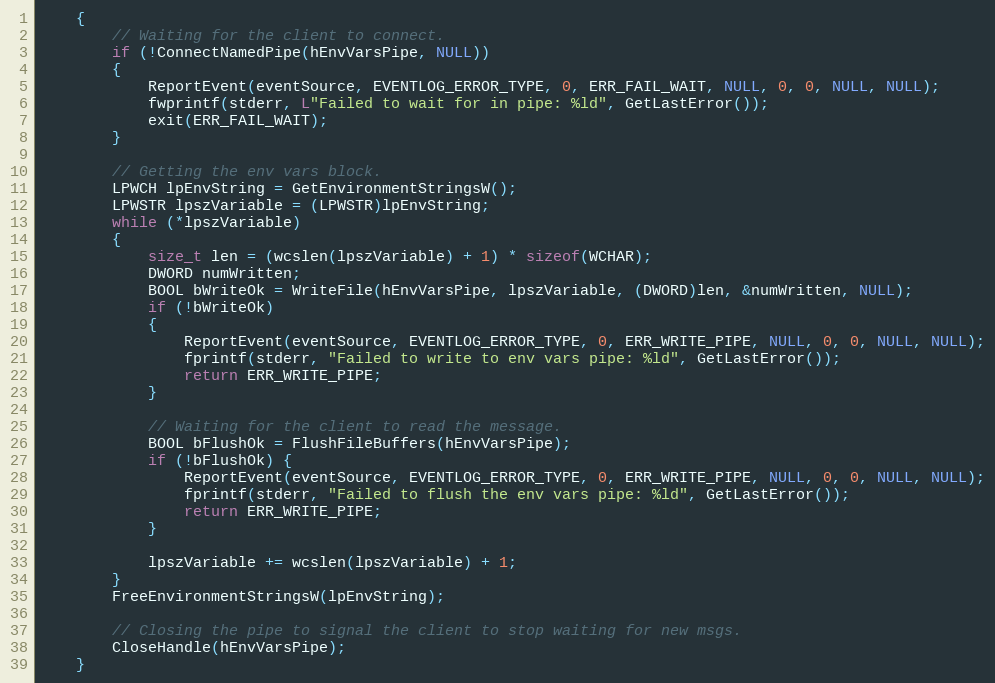
Language: C
	{
		// Waiting for the client to connect.
		if (!ConnectNamedPipe(hEnvVarsPipe, NULL))
		{
			ReportEvent(eventSource, EVENTLOG_ERROR_TYPE, 0, ERR_FAIL_WAIT, NULL, 0, 0, NULL, NULL);
			fwprintf(stderr, L"Failed to wait for in pipe: %ld", GetLastError());
			exit(ERR_FAIL_WAIT);
		}

		// Getting the env vars block.
		LPWCH lpEnvString = GetEnvironmentStringsW();
		LPWSTR lpszVariable = (LPWSTR)lpEnvString;
		while (*lpszVariable)
		{
			size_t len = (wcslen(lpszVariable) + 1) * sizeof(WCHAR);
			DWORD numWritten;
			BOOL bWriteOk = WriteFile(hEnvVarsPipe, lpszVariable, (DWORD)len, &numWritten, NULL);
			if (!bWriteOk)
			{
				ReportEvent(eventSource, EVENTLOG_ERROR_TYPE, 0, ERR_WRITE_PIPE, NULL, 0, 0, NULL, NULL);
				fprintf(stderr, "Failed to write to env vars pipe: %ld", GetLastError());
				return ERR_WRITE_PIPE;
			}

			// Waiting for the client to read the message.
			BOOL bFlushOk = FlushFileBuffers(hEnvVarsPipe);
			if (!bFlushOk) {
				ReportEvent(eventSource, EVENTLOG_ERROR_TYPE, 0, ERR_WRITE_PIPE, NULL, 0, 0, NULL, NULL);
				fprintf(stderr, "Failed to flush the env vars pipe: %ld", GetLastError());
				return ERR_WRITE_PIPE;
			}

			lpszVariable += wcslen(lpszVariable) + 1;
		}
		FreeEnvironmentStringsW(lpEnvString);

		// Closing the pipe to signal the client to stop waiting for new msgs.
		CloseHandle(hEnvVarsPipe);
	}